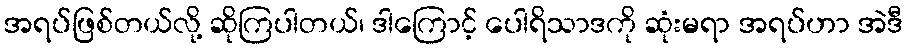
အရပ်ဖြစ်တယ်လို့ ဆိုကြပါတယ်၊ ဒါကြောင့် ပေါရိသာဒကို ဆုံးမရာ အရပ်ဟာ အဲဒီ